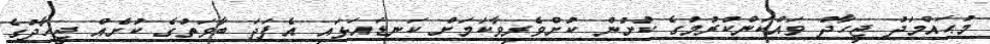
މުޙައްމަދު ޖިހާދު ވައްކަންކުރުމުގެ ކުށުން ކުށްވެރިވާކަމަށް ކަނޑައަޅައި އެފަދަ ބާވަތުގެ ކުށެއް ޖިހާދުގެ